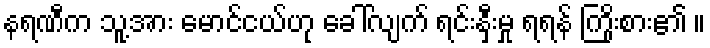
နရဏီက သူ့အား မောင်ငယ်ဟု ခေါ်လျက် ရင်းနှီးမှု ရရန် ကြိုးစား၏ ။